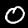
Label: 0